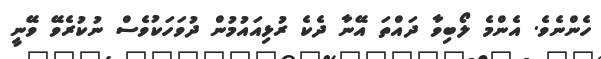
ހެންނެވެ. އެންމެ ލޯބިވާ ދައްތަ އޭނާ ދެކެ ރުޅިއައުމުން ދުވަހަކުވެސް ނުކުރެވޭ ވޭނީ